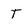
Character: T